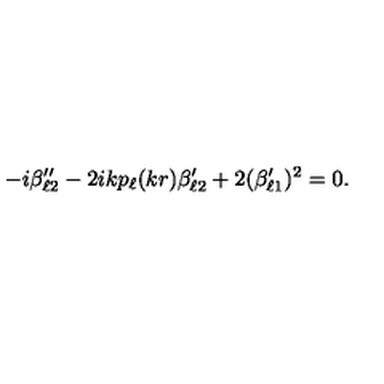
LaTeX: - i \beta _ { \ell 2 } ^ { \prime \prime } - 2 i k p _ { \ell } ( k r ) \beta _ { \ell 2 } ^ { \prime } + 2 ( \beta _ { \ell 1 } ^ { \prime } ) ^ { 2 } = 0 .